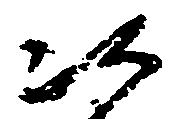
次